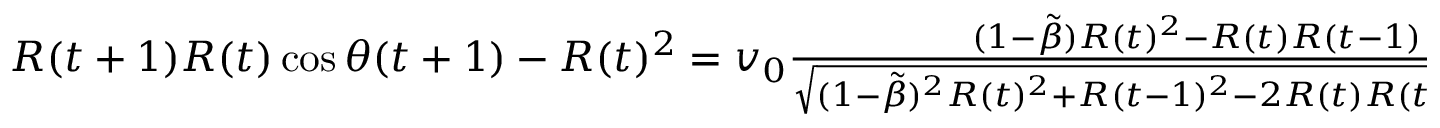
\begin{array} { r } { R ( t + 1 ) R ( t ) \cos \theta ( t + 1 ) - R ( t ) ^ { 2 } = v _ { 0 } \frac { ( 1 - \tilde { \beta } ) R ( t ) ^ { 2 } - R ( t ) R ( t - 1 ) \cos \theta ( t ) } { \sqrt { ( 1 - \tilde { \beta } ) ^ { 2 } R ( t ) ^ { 2 } + R ( t - 1 ) ^ { 2 } - 2 R ( t ) R ( t - 1 ) ( 1 - \tilde { \beta } ) \cos \theta ( t ) } } . } \end{array}